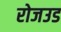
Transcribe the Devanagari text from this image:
रोजउड